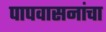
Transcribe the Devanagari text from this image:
पापवासनांचा